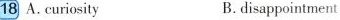
18 A. Curiosity B.disappointment